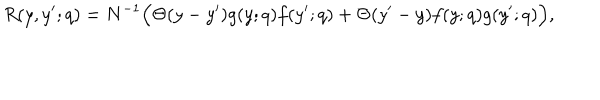
LaTeX: R ( y , y ^ { \prime } ; q ) = N ^ { - 1 } \Big ( \Theta ( y - y ^ { \prime } ) g ( y ; q ) f ( y ^ { \prime } ; q ) + \Theta ( y ^ { \prime } - y ) f ( y ; q ) g ( y ^ { \prime } ; q ) \Big ) ,